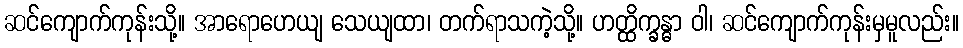
ဆင်ကျောက်ကုန်းသို့။ အာရောဟေယျ သေယျထာ၊ တက်ရာသကဲ့သို့။ ဟတ္ထိက္ခန္ဓာ ဝါ၊ ဆင်ကျောက်ကုန်းမှမူလည်း။